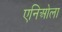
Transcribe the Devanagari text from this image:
एनिओला